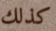
كذلك